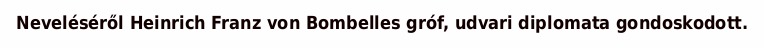
Neveléséről Heinrich Franz von Bombelles gróf, udvari diplomata gondoskodott.